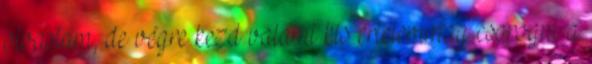
olvastam, de végre kezd valami kis értelemmag csorogni a